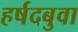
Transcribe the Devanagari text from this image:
हर्षदबुवा